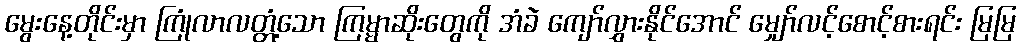
မွေးနေ့တိုင်းမှာ ကြုံလာလတ္တံ့သော ကြမ္မာဆိုးတွေကို အံခဲ ကျော်လွှားနိုင်အောင် မျှော်လင့်စောင့်စားရင်း မြမြ